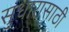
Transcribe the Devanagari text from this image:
सुधारासाठी